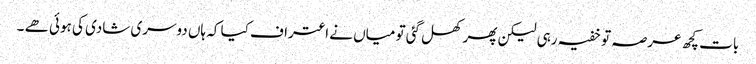
بات کچھ عرصہ تو خفیہ رہی لیکن پھر کھل گئی تو میاں نے اعتراف کیا کہ ہاں دوسری شادی کی ہوئی ھے ۔